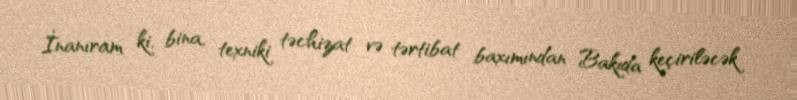
İnanıram ki, bina, texniki təchizat və tərtibat baxımından Bakıda keçiriləcək